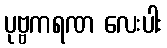
ပုဗ္ဗကရဏ လေးပါး